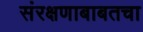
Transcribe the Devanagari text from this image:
संरक्षणाबाबतचा